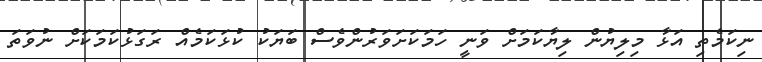
ނިކަމެތި އަޅާ މިލިޔުން ލިޔާކަމަށް ވަނީ ހަމަކަށަވަރުންވެސް ބަޔަކު ކުޅަކަމެއް ރަގަޅުކަމަކަށް ނުވަތަ